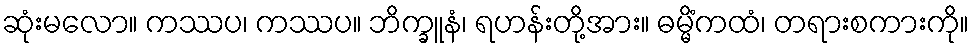
ဆုံးမလော။ ကဿပ၊ ကဿပ။ ဘိက္ခူနံ၊ ရဟန်းတို့အား။ ဓမ္မိံကထံ၊ တရားစကားကို။